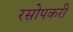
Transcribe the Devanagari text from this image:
रसोपकरी